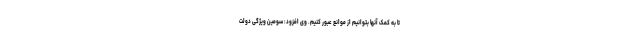
تا به کمک آنها بتوانیم از موانع عبور کنیم. وی افزود: سومین ویژگی دولت